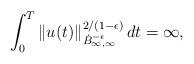
LaTeX: \begin{align*}\int_0^{T} \|u(t)\|_{\dot B^{-\epsilon}_{\infty,\infty }}^{2/(1-\epsilon )}\,dt=\infty,\end{align*}